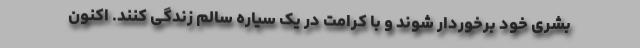
بشری خود برخوردار شوند و با کرامت در یک سیاره سالم زندگی کنند. اکنون